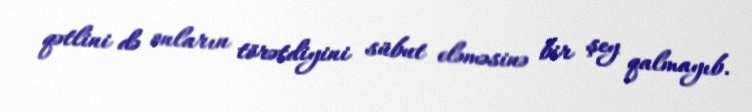
qətlini də onların törətdiyini sübut eləməsinə bir şey qalmayıb.